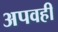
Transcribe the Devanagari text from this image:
अपवही